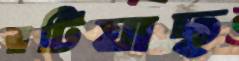
রটিয়াছ